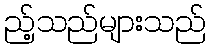
ည့်သည်များသည်